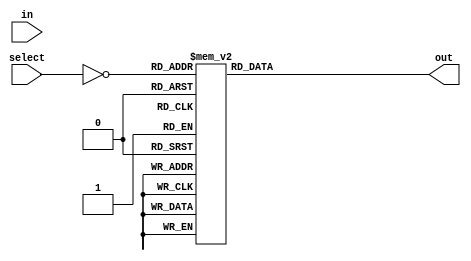
module demux_4to16 (
    input [3:0] select,
    input [15:0] in,
    output reg [15:0] out
);

reg [3:0] select_inv;

assign select_inv = ~select;

always @(*)
begin
    case(select_inv)
        4'b0000: out = 16'b0000000000000001;
        4'b0001: out = 16'b0000000000000010;
        4'b0010: out = 16'b0000000000000100;
        4'b0011: out = 16'b0000000000001000;
        4'b0100: out = 16'b0000000000010000;
        4'b0101: out = 16'b0000000000100000;
        4'b0110: out = 16'b0000000001000000;
        4'b0111: out = 16'b0000000010000000;
        4'b1000: out = 16'b0000000100000000;
        4'b1001: out = 16'b0000001000000000;
        4'b1010: out = 16'b0000010000000000;
        4'b1011: out = 16'b0000100000000000;
        4'b1100: out = 16'b0001000000000000;
        4'b1101: out = 16'b0010000000000000;
        4'b1110: out = 16'b0100000000000000;
        4'b1111: out = 16'b1000000000000000;
        default: out = 16'b0000000000000000;
    endcase
end

endmodule